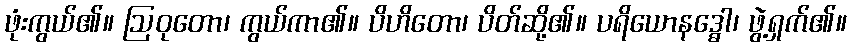
ဖုံးကွယ်၏။ ဩဝုတော၊ ကွယ်ကာ၏။ ပိဟိတော၊ ပိတ်ဆို့၏။ ပရိယောနဒ္ဓေါ၊ ဖွဲ့ရှက်၏။